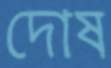
দোষ